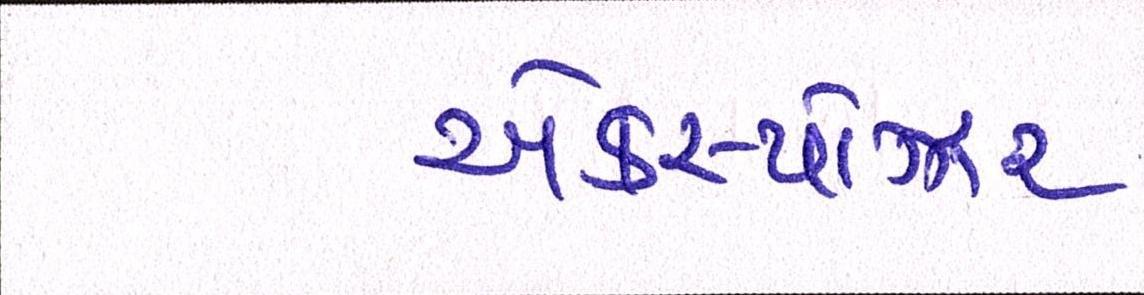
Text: એક્સ્પોઝર